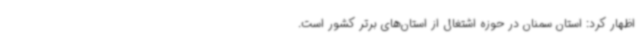
اظهار کرد: استان سمنان در حوزه اشتغال از استان‌های برتر کشور است.